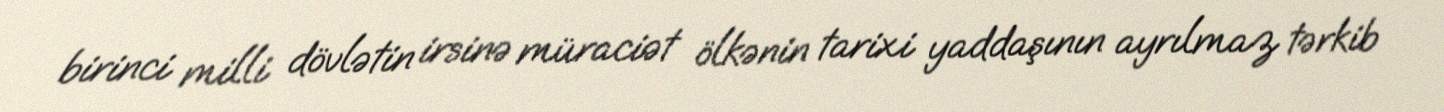
birinci milli dövlətin irsinə müraciət ölkənin tarixi yaddaşının ayrılmaz tərkib